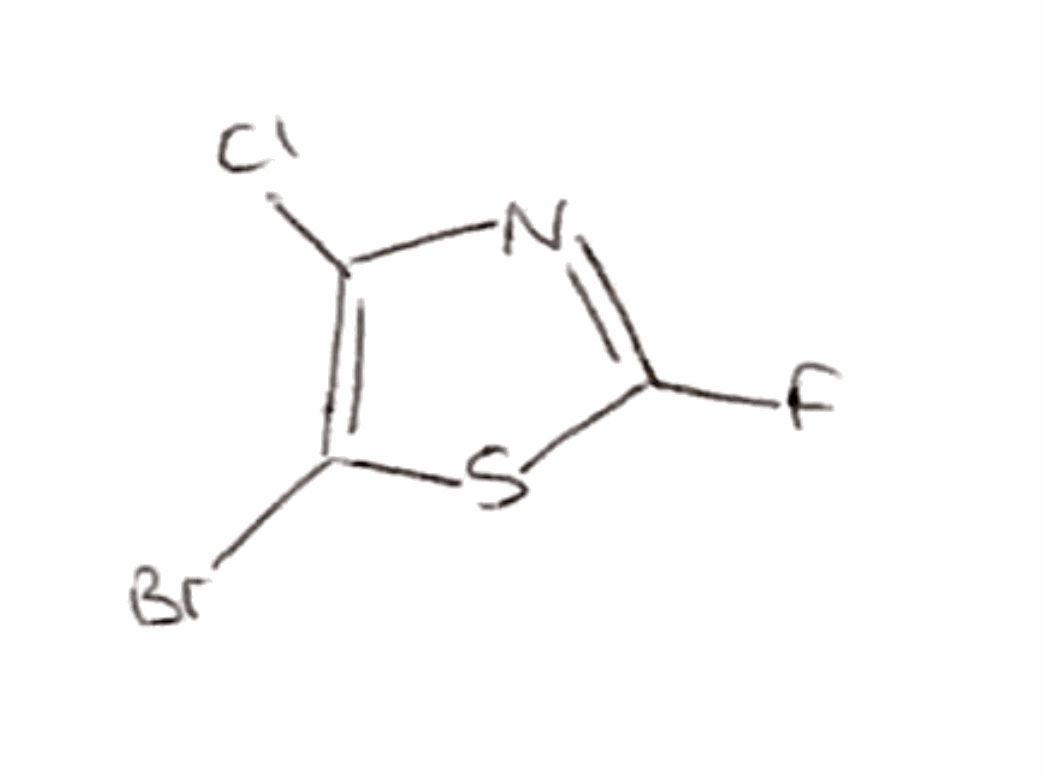
Simplified molecular-input line-entry system (SMILES) notation of the given molecule:
C1(=C(SC(=N1)F)Br)Cl